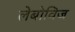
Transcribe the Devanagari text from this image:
लेबोविज